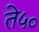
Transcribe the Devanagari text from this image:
ते५०